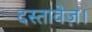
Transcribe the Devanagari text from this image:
दस्तावेज़।